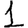
Digit: 1